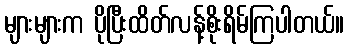
များများက ပိုပြီးထိတ်လန့်စိုးရိမ်ကြပါတယ်။